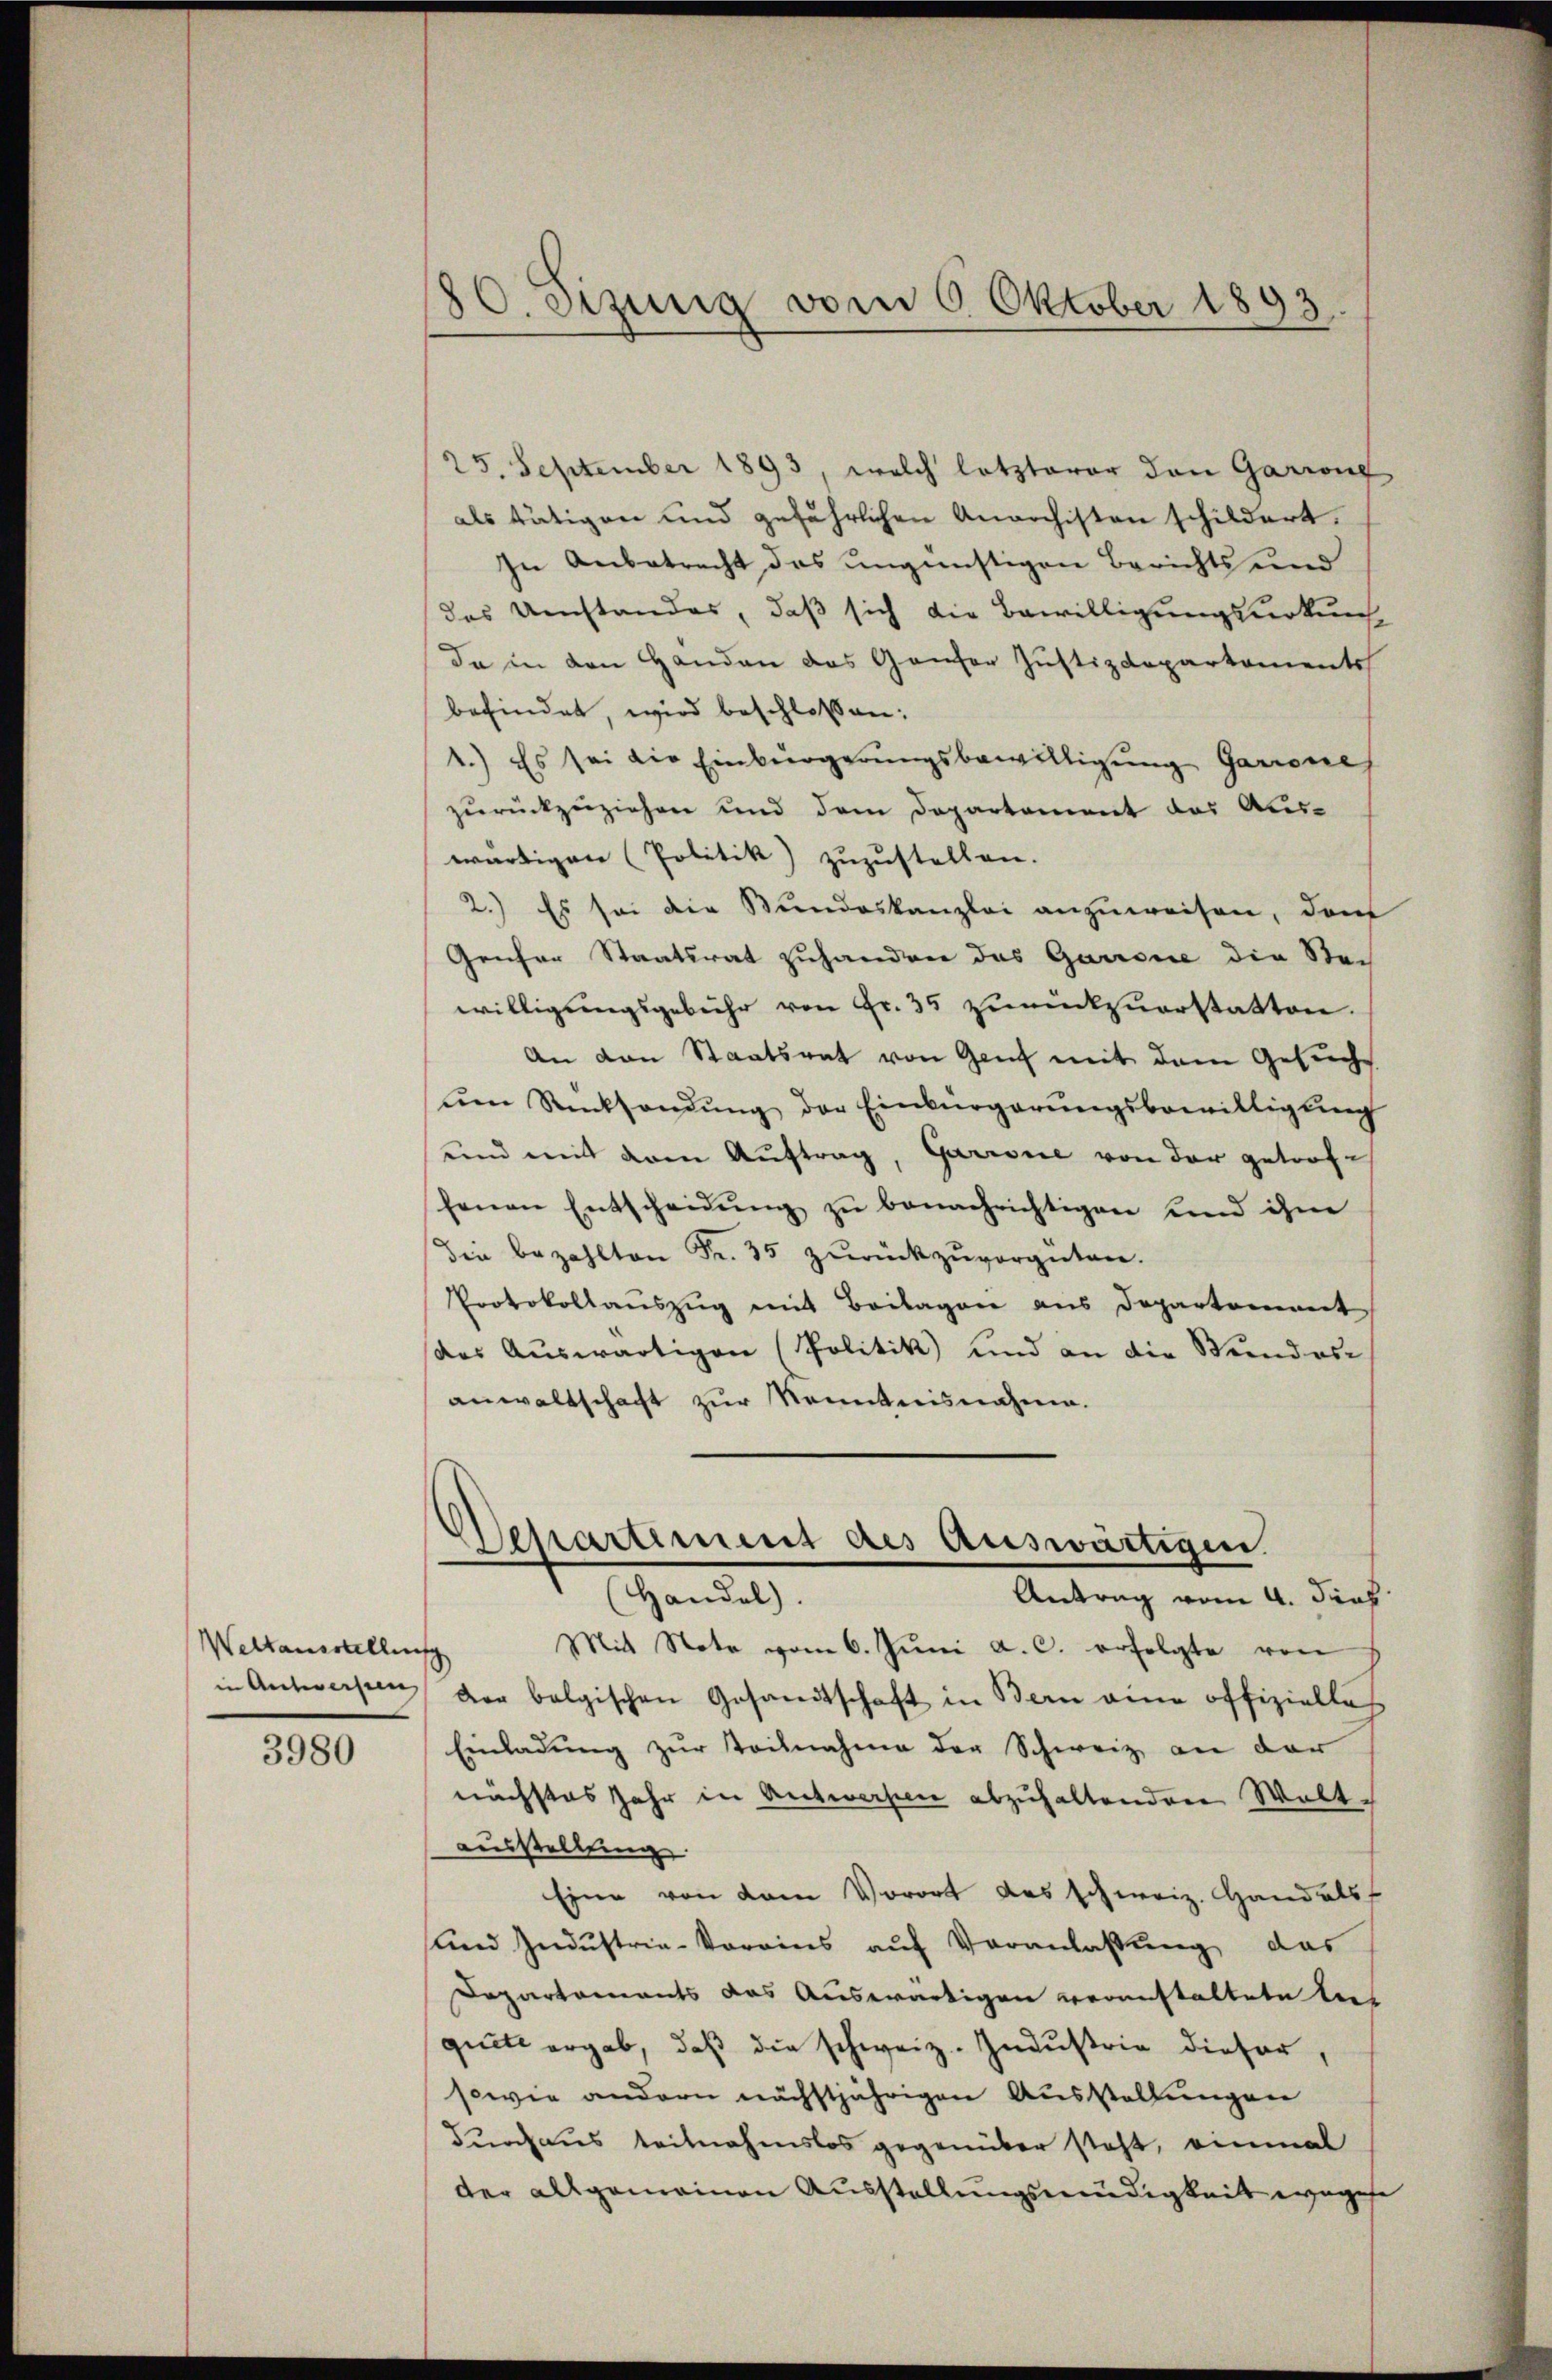
Weltausstellung
in Antwersten

3980

80. Jezung vom 6. Oktober 1893.

25. September 1893, welch letzterer den Garrone
als tätigen und gefährlichen Anarchisten schildert.
In Anbatrecht das ungünstigen Berichts und
des Umstandes, daß sich die Bewilligungsurkunf
da in den Handen das Ganter Justizdepartements
befindet, wird beschlossen:
1.) Es sei die Einbeergerungsbewilligung Garrene
zurückzuziehen und dem Departement das Auswärtigen (Politik) zuzustellen.
2.) Es sei die Bundeskanzlei anzuweisen, dem
Geuser Staatsrat zuhanden das Garrone die Stei
willigungsgebühr von Fr. 35 zurückzuerstatten.
An von Staatsrat von Genf mit dem Gesuche
ŭm Rücksendŭng der Einbürgerŭngsbewilligŭng
unnd mit dem Aŭftrag, Garrone von der getroffenen Entscheidŭng zŭ benachrichtigen und ihne
die bezahlten Fr. 35 zŭrückzŭvergüten.
Protokollauszug mit Beilagen aus Departement
das Auswärtigen (Politik und an die Beendes-
anwaltschaft zur Kenntnisnahme.
Separtement des Auswärtigen.
Handel.
Antrag vom 4. dies
Mit Note vom 6. Jŭni a. c. erfolgte von
der belgischen Gesandtschaft in Bern ane offizielles
Einladung zur Teilnahme der Schweiz an der
nächstes Jahr in Antworfen abzuhaltenden Welt-
Ausstellung
Eine von dem Vorort des schweiz. Handels
und Industria-Vorrins auf Veranlassung das
Departements das Auswärtigen veranstaltete lies
quete ergab, daß die schweiz. Industrie dieser,
sowie andern nächstjährigen Ausstellungen
durchaus teilnahmslos gegenüber steht, einmal
der allgemeinen Ausstellungsmüdigkeit wegese